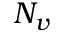
N _ { v }